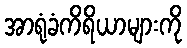
အာရုံခံကိရိယာများကို